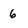
Character: 6